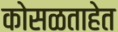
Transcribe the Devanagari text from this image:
कोसळताहेत